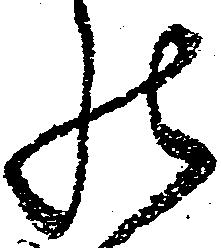
罷